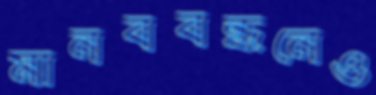
মানববন্ধনেও